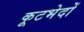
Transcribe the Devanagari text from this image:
कूटभेदों